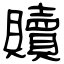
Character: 贖